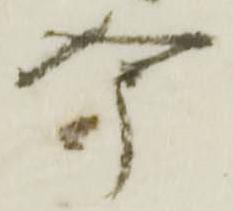
今